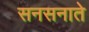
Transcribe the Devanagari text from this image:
सनसनाते